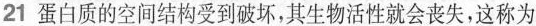
21蛋白质的空间结构受到破坏，其生物活性就会丧失，这称为